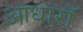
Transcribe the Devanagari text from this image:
आधारॉ